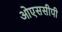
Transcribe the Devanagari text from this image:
ओएससीपी